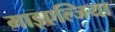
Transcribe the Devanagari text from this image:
माइएल्जिया